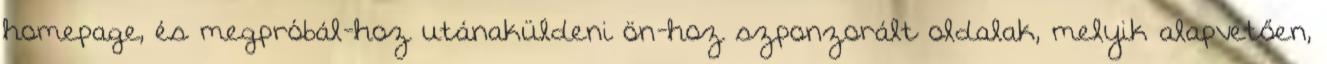
homepage, és megpróbál-hoz utánaküldeni ön-hoz szponzorált oldalak, melyik alapvetően,